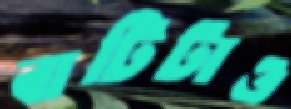
বাটিটাও